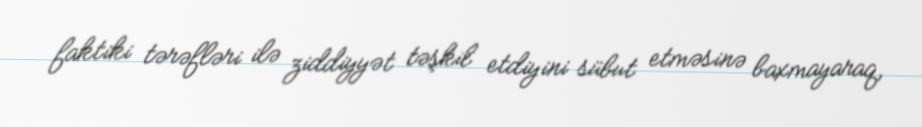
faktiki tərəfləri ilə ziddiyyət təşkil etdiyini sübut etməsinə baxmayaraq,